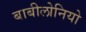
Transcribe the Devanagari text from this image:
बाबीलोनियो